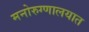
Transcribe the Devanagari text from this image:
मनोरुग्णालयात